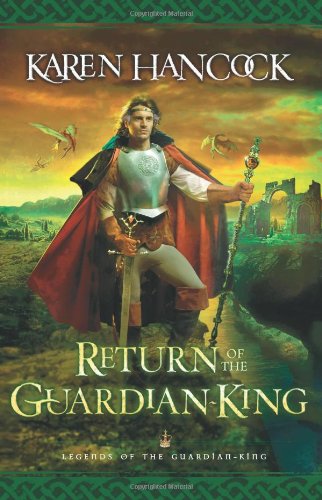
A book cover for Return of the Guardian-King (Legends of the Guardian-King, Book 4); Karen Hancock; Christian Books & Bibles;